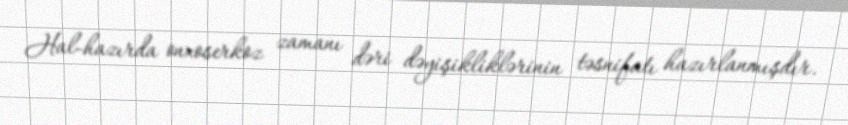
Hal-hazırda onxoserkoz zamanı dəri dəyişikliklərinin təsnifatı hazırlanmışdır.